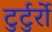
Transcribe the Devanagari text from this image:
टुर्टुर्रो